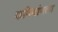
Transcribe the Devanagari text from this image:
कविदांपत्य